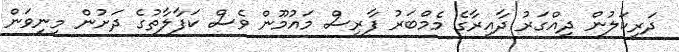
ދަރިކަލުން ދިއްގަރު ދާއިރާގެ މެމްބަރު ފާރިސް މައުމޫން ވެސް ކަފާލާތުގެ ދަށުން މިނިވަން